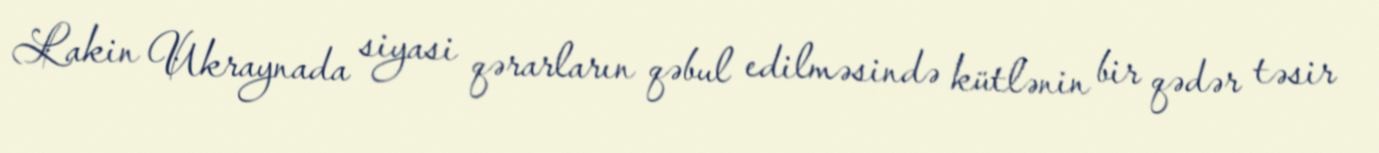
Lakin Ukraynada siyasi qərarların qəbul edilməsində kütlənin bir qədər təsir